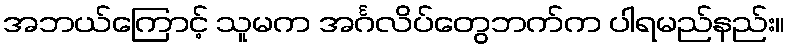
အဘယ်ကြောင့် သူမက အင်္ဂလိပ်တွေဘက်က ပါရမည်နည်း။